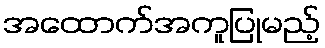
အထောက်အကူပြုမည့်